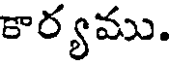
కార్యము.